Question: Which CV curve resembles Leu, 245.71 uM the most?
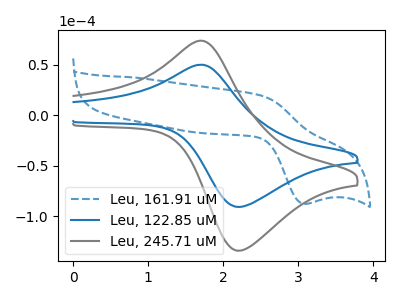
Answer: <think>The blue dashed curve "Leu, 161.91 uM" has an anodic peak at (2.50V, 19.55uA) and a cathodic peak at (3.05V, -87.85uA). The blue curve "Leu, 122.85 uM" has an anodic peak at (1.70V, 49.80uA) and a cathodic peak at (2.20V, -90.85uA). The gray curve "Leu, 245.71 uM" has an anodic peak at (1.70V, 73.55uA) and a cathodic peak at (2.20V, -134.15uA).
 "Leu, 161.91 uM" and "Leu, 122.85 uM" have at least one peak that do not match. "Leu, 161.91 uM" and "Leu, 245.71 uM" have at least one peak that do not match. All the peaks in "Leu, 122.85 uM" have a peak in "Leu, 245.71 uM" at the same potential. Every peak in "Leu, 122.85 uM" is lower than every peak in "Leu, 245.71 uM".</think>
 <answer>The CV with the most similar shape to "Leu, 122.85 uM" is "Leu, 245.71 uM".</answer>
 <eval>"Leu, 245.71 uM"</eval>